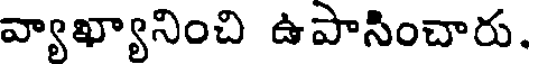
వ్యాఖ్యానించి ఉపాసించారు.